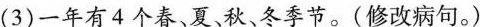
(3)一年有4个春、夏秋、冬季节。(修改病句。)